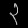
Digit: ၃